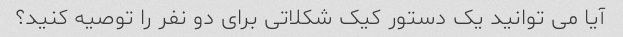
آیا می توانید یک دستور کیک شکلاتی برای دو نفر را توصیه کنید؟